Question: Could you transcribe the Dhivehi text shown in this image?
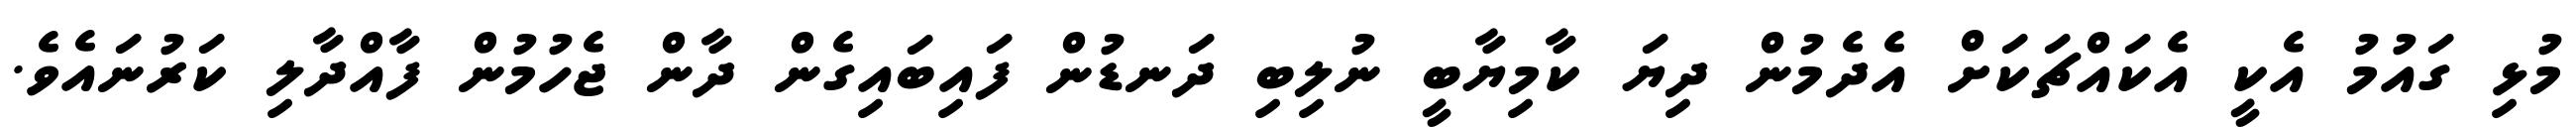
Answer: މުޅި ގައުމު އެކީ އެކައްޗަކަށް އެދެމުން ދިޔަ ކާމިޔާބީ ނުލިބި ދަނޑުން ފައިބައިގެން ދާން ޖެހުމުން ފާއްދާލި ކަރުނައެވެ.